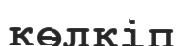
көлкіп